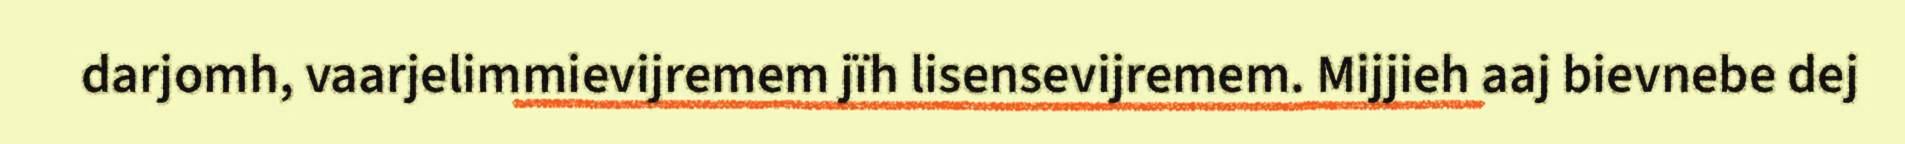
darjomh, vaarjelimmievijremem jïh lisensevijremem. Mijjieh aaj bievnebe dej